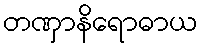
တဏှာနိရောဓာယ